Lunatic asylums Bombay report 1891-1903 - 1891-1903
Year: 1891
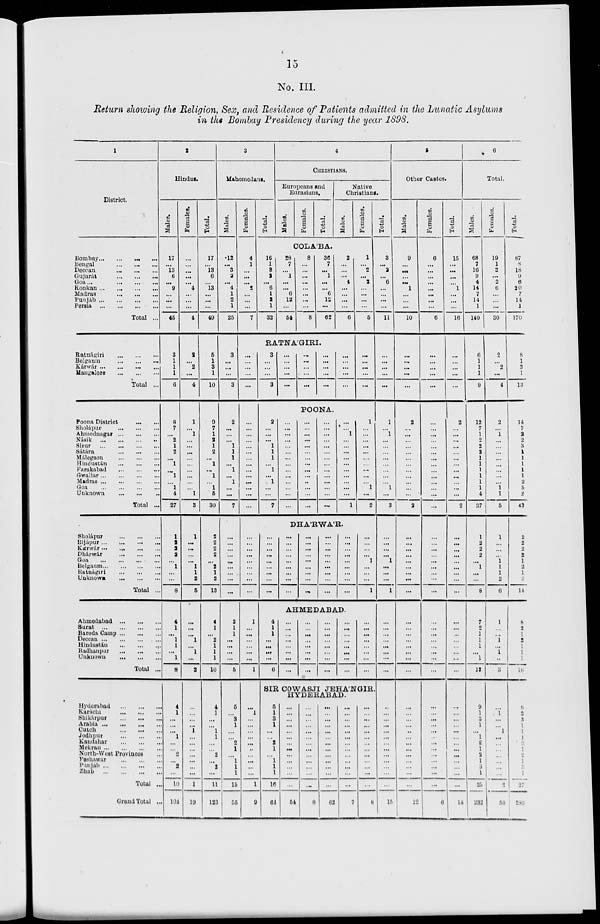
15
No. III.
Return showing the Religion, Sex, and Residence of Patients admitted in the Lunatic Asylums
in the Bombay Presidency during the year 1898.
1
District.
Bombay ... ... ... ...
Bengal
...
...
...
Deccan
...
...
...
Gujarát
...
...
...
Goa
...
...
...
...
Konkan
...
...
...
...
Madras
...
...
...
Punjab
...
...
...
...
Persia
...
...
...
...
Total ...
Ratnágiri
...
...
...
Belgaum ... ... ...
Kárwár
...
...
...
...
Mangalore
...
...
...
Total ...
Poona District ... ...
Sholápur ... ... ...
Ahmednagar
...
...
...
Násik
...
...
...
...
Sirur
...
...
...
...
Sátára
...
...
...
Málegaon
...
...
...
Hindustan
...
...
...
Farakabad
...
...
...
Gwaliar
...
...
...
...
Madras
...
...
...
...
Goa
...
...
...
...
Unknown
...
...
...
Total ...
Sholápur
...
...
...
Bijápur
...
...
...
...
Kátrwár
...
...
...
...
Dhárwár
...
...
...
Goa
...
...
...
...
Belgaum
...
...
...
...
Ratnágiri
...
...
...
Unknown
...
...
...
Total ...
Ahmedabad
...
...
...
Surat
...
...
...
...
Baroda Camp
...
...
...
Deccan
...
...
...
...
Hindustán
...
...
...
Radhanpur
...
...
...
Unknown
...
...
...
Total ...
Hyderabad
...
...
...
Karáchi
...
...
...
Shikárpur
...
...
...
Arabia
...
...
...
...
Cutch
...
...
...
Jodhpur
...
...
...
Kandahar
...
...
...
Mekran
...
...
...
...
North-West Provinces ...
Peshawar
...
...
...
Punjab
...
...
...
...
Zhab
...
...
...
...
Total ...
Grand Total ...
2
Hindus.
Males.
17
...
13
6
...
9
...
...
...
45
3
1
1
1
6
8
7
...
2
1
2
...
1
...
1
...
1
4
27
1
2
2
2
...
1
...
...
8
4
1
...
1
1
...
1
8
4
1
...
...
...
1
...
...
2
...
2
...
10
101
Females.
...
...
...
...
...
4
...
...
...
4
2
...
2
...
4
1
...
1
...
...
...
...
...
...
...
...
...
1
3
1
...
...
...
...
1
1
2
5
...
...
...
1
...
1
...
2
...
...
...
...
1
...
...
...
...
...
...
...
1
10
Total.
17
...
13
6
...
13
...
...
...
49
5
1
3
1
10
9
7
1
2
1
2
...
1
...
1
...
1
6
30
2
2
2
2
...
2
1
2
13
4
1
...
2
1
1
1
10
4
1
...
...
1
1
...
...
2
...
2
...
11
123
3
Mahomedans.
Males.
12
...
3
2
...
4
1
2
1
25
3
...
...
...
3
2
...
...
...
1
1
1
...
1
...
1
...
...
7
...
...
...
...
...
...
...
...
...
3
1
1
...
...
...
...
5
6
...
3
1
...
...
2
1
...
1
1
1
15
55
Females.
4
1
...
...
...
2
...
...
...
7
Total.
4
CHRISTIANS.
Europeans and
Eurasians.
Males.
Females.
Total.
Native
Christians.
Males.
Females.
COLÁBA.
16
1
3
2
...
6
1
2
1
32
28
7
...
1
...
...
6
12
...
54
8
...
...
...
...
...
...
...
...
8
36
7
...
1
...
...
6
12
...
62
2
...
...
...
4
...
...
...
...
6
RATNÁGIRI.
...
...
...
...
...
...
...
...
...
...
...
...
...
...
...
...
...
...
...
3
...
...
...
3
...
...
...
...
...
...
...
...
...
...
...
...
...
...
...
...
...
...
...
...
1
...
2
...
2
...
...
...
...
5
...
...
...
...
...
POONA.
2
...
...
...
1
1
1
...
1
...
1
...
...
7
...
...
...
...
...
...
...
...
...
...
...
...
...
...
...
...
...
...
...
...
...
...
...
...
...
...
...
...
...
...
...
...
...
...
...
...
...
...
...
...
...
...
...
...
1
...
...
...
...
...
...
...
...
...
...
1
1
...
...
...
...
...
...
...
...
...
...
1
...
2
DHÁRWÁR.
...
...
...
...
...
...
...
...
...
1
...
...
...
...
...
...
1
...
1
...
...
...
...
...
...
...
...
...
...
1
9
...
...
...
...
...
...
...
...
...
...
...
...
...
...
...
...
...
...
...
...
...
...
...
...
...
...
...
...
...
...
...
...
...
...
...
...
...
...
...
...
...
...
...
...
...
...
...
...
...
1
...
...
...
1
AHMEDABAD.
4
1
1
...
...
...
...
6
...
...
...
...
...
...
...
...
...
...
...
...
...
...
...
...
...
...
...
...
...
...
...
...
...
...
...
...
...
...
...
...
...
...
...
...
...
...
...
...
SIR COWASJI JEHÁNGIR,
HYDERABAD.
5
1
3
1
...
...
2
1
...
1
1
1
16
64
...
...
...
...
...
...
...
...
...
...
...
...
...
54
...
...
...
...
...
...
...
...
...
...
...
...
...
8
...
...
...
...
...
...
...
...
...
...
...
...
...
62
...
...
...
...
...
...
...
...
...
...
...
...
...
7
...
...
...
...
...
...
...
...
...
...
...
...
...
8
Total.
3
...
2
...
6
...
...
...
...
11
...
...
...
...
...
1
...
1
...
...
...
...
...
...
...
...
1
...
3
...
...
...
...
1
...
...
...
1
...
...
...
...
...
...
...
...
...
...
...
...
...
...
...
...
...
...
...
...
...
15
5
Other Castes.
Males.
9
...
...
...
...
1
...
...
...
10
...
...
...
...
...
2
...
...
...
...
...
...
...
...
...
...
...
...
2
...
...
...
...
...
...
...
...
...
...
...
...
...
...
...
...
...
...
...
...
...
...
...
...
...
...
...
...
...
...
12
Females.
6
...
...
...
...
...
...
...
...
6
...
...
...
...
...
...
...
...
...
...
...
...
...
...
...
...
...
...
...
...
...
...
...
...
...
...
...
...
...
...
...
...
...
...
...
...
...
...
...
...
...
...
...
...
...
...
...
...
...
6
Total.
15
...
...
...
...
1
...
...
...
16
...
...
...
...
...
2
...
...
...
...
...
...
...
...
...
...
...
...
2
...
...
...
...
...
...
...
...
...
...
...
...
...
...
...
...
...
...
...
...
...
...
...
...
...
...
...
...
...
...
18
6
Total.
Males.
68
7
16
9
4
14
7
14
1
140
6
1
1
1
9
12
7
1
2
2
3
1
1
1
1
1
1
4
37
1
2
2
2
...
1
...
...
8
7
2
1
1
1
...
1
13
9
1
3
1
...
1
2
1
2
1
3
1
25
232
Females.
19
1
2
...
2
6
...
...
...
30
2
...
2
...
4
2
...
1
...
...
...
...
...
...
...
...
1
1
5
1
...
...
...
1
1
1
2
6
1
...
...
1
...
1
...
3
...
1
...
...
1
...
...
...
...
...
...
...
2
50
Total.
87
8
18
9
6
20
7
14
1
170
8
1
3
1
13
14
7
2
2
3
1
1
1
1
1
2
5
2
42
2
2
2
2
1
2
1
2
11
8
2
1
2
1
1
1
16
9
2
3
1
1
1
2
1
2
1
3
1
27
282